NAE_Eesti_seltside_protokollid_1900-1917, lk 59
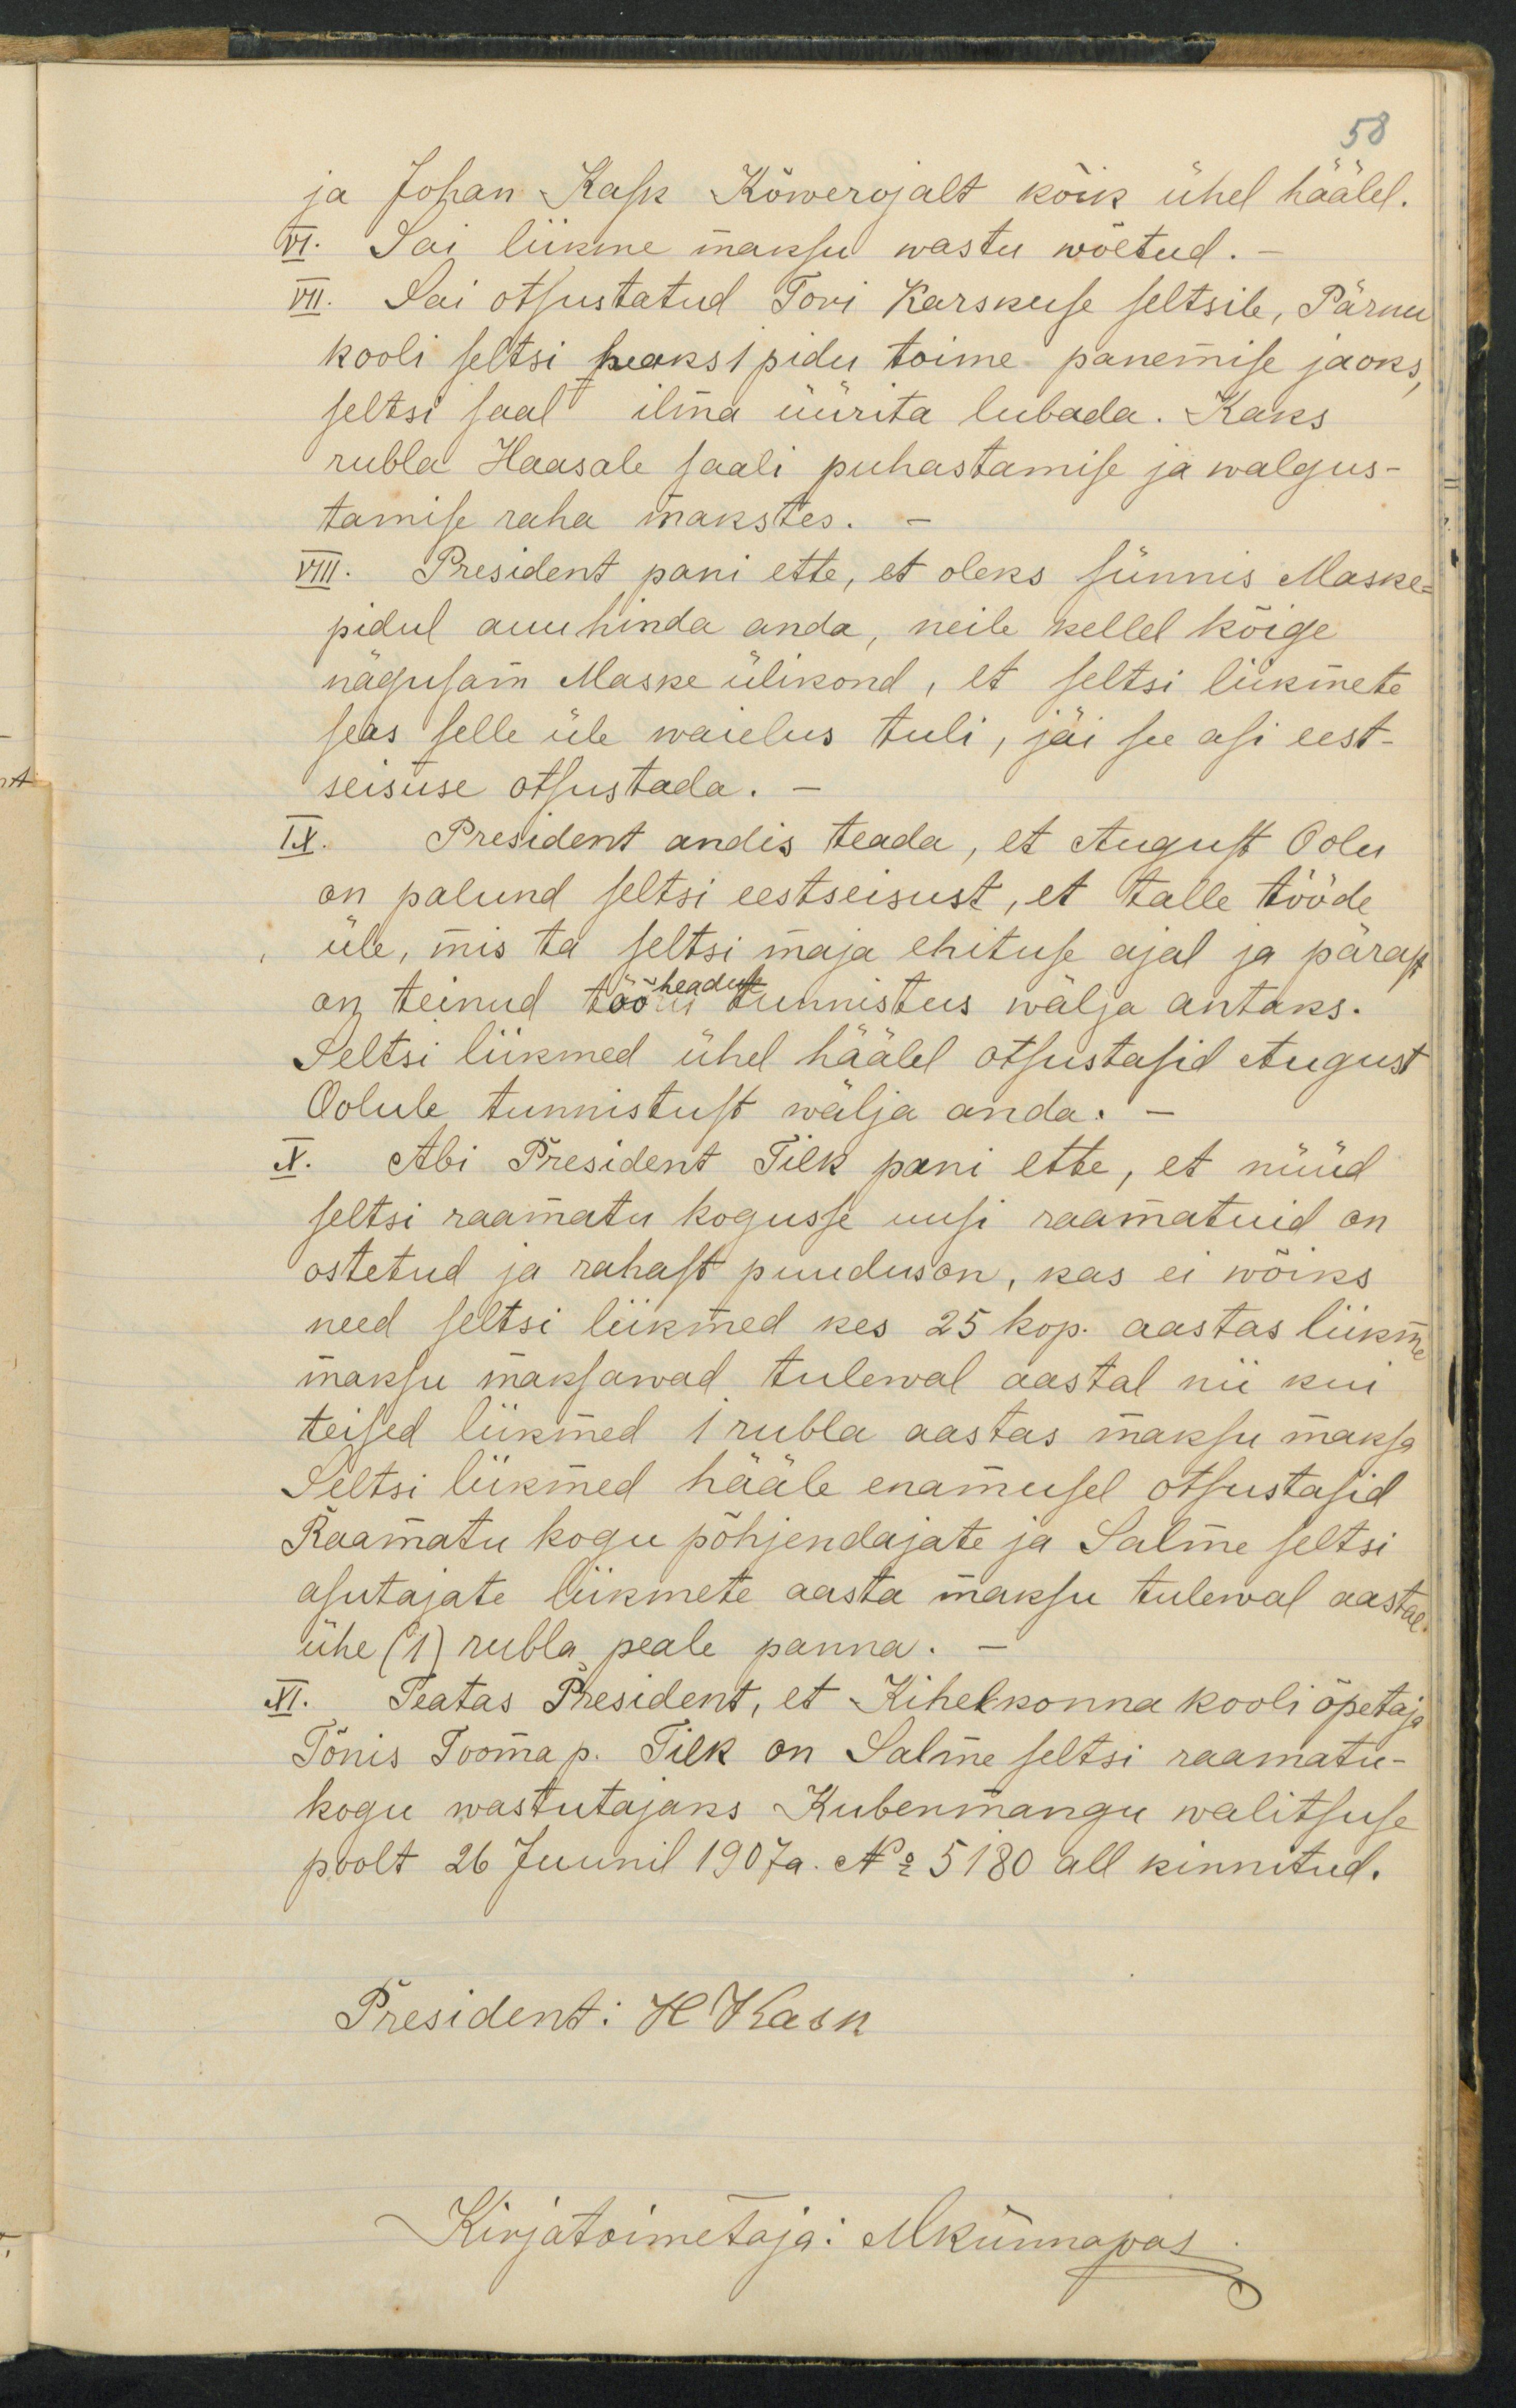
58
ja Johan Kask Kõwerojalt kõik ühel häälel.
VI. Sai liikme maksu wastu wõetud.
VII. Sai otsustatud Tori Karskuse seltsile, Pärnu
kooli seltsi heaks 1 pidu toime panemise jaoks
seltsi saal ilma üürita lubada. Kaks
rubla Haasale saali puhastamise ja walgus-
tamise raha makstes.
President pani ette, et oleks sünnis Maske-
pidul auu hinda anda, neile kellel kõige
nägusam Maske ülikond, et seltsi liikmete
seas selle üle waielus tuli, jäi see asi eest-
seisuse otsustada.
President andis teada, et August Oolu
on palund seltsi eestseisust, et talle tööde
üle, mis ta seltsi maja ehituse ajal ja pärast
headust,
on teinud töö tunnistus wälja antaks.
Seltsi liikmed ühel häälel otsustasid August
Oolule tunnistust wälja anda.
Abi President Tilk pani ette, et nüüd
seltsi raamatu kogusse uusi raamatuid on
ostetud ja rahast puudus on, kas ei wõiks
need seltsi liikmed kes 25 kop. aastas liikm
maksu maksawad tulewal aastal nii kui
teised liikmed 1 rubla aastas maksu maksa
Seltsi liikmed hääle enamusel otsustasid
Raamatu kogu põhjendajate ja Salme seltsi
asutajate liikmete aasta maksu tulewal aastal
ühe (1) rubla peale panna.
Teatas President, et Kihelkonna kooli õpetaja
Tõnis Tooma p. Tilk on Salme seltsi raamatu-
kogu wastutajaks Kubermangu walitsuse
poolt 26 Juunil 1907a. No: 5180 all kinnitud.